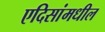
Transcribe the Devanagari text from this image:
एदिसांमधील